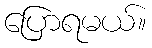
ပြောရမယ်။